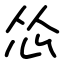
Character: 怂